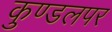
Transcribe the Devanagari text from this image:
कुण्डलपर